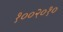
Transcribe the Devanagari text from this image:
१००२०१०